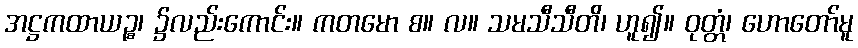
အဋ္ဌကထာယဉ္စ၊ ၌လည်းကောင်း။ ကတမော စ။ လ။ သမသီသီတိ၊ ဟူ၍။ ဝုတ္တံ၊ ဟောတော်မူ